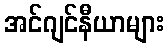
အင်ဂျင်နီယာများ